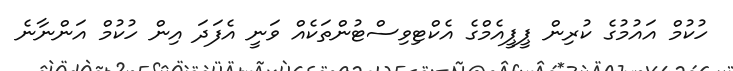
ހުކުމް އައުމުގެ ކުރިން ޕީޕީއެމްގެ އެކްޓިވިސްޓުންތަކެއް ވަނީ އެފަދަ އިން ހުކުމް އަންނާނެ